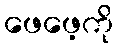
ဖေဖေ့ကို